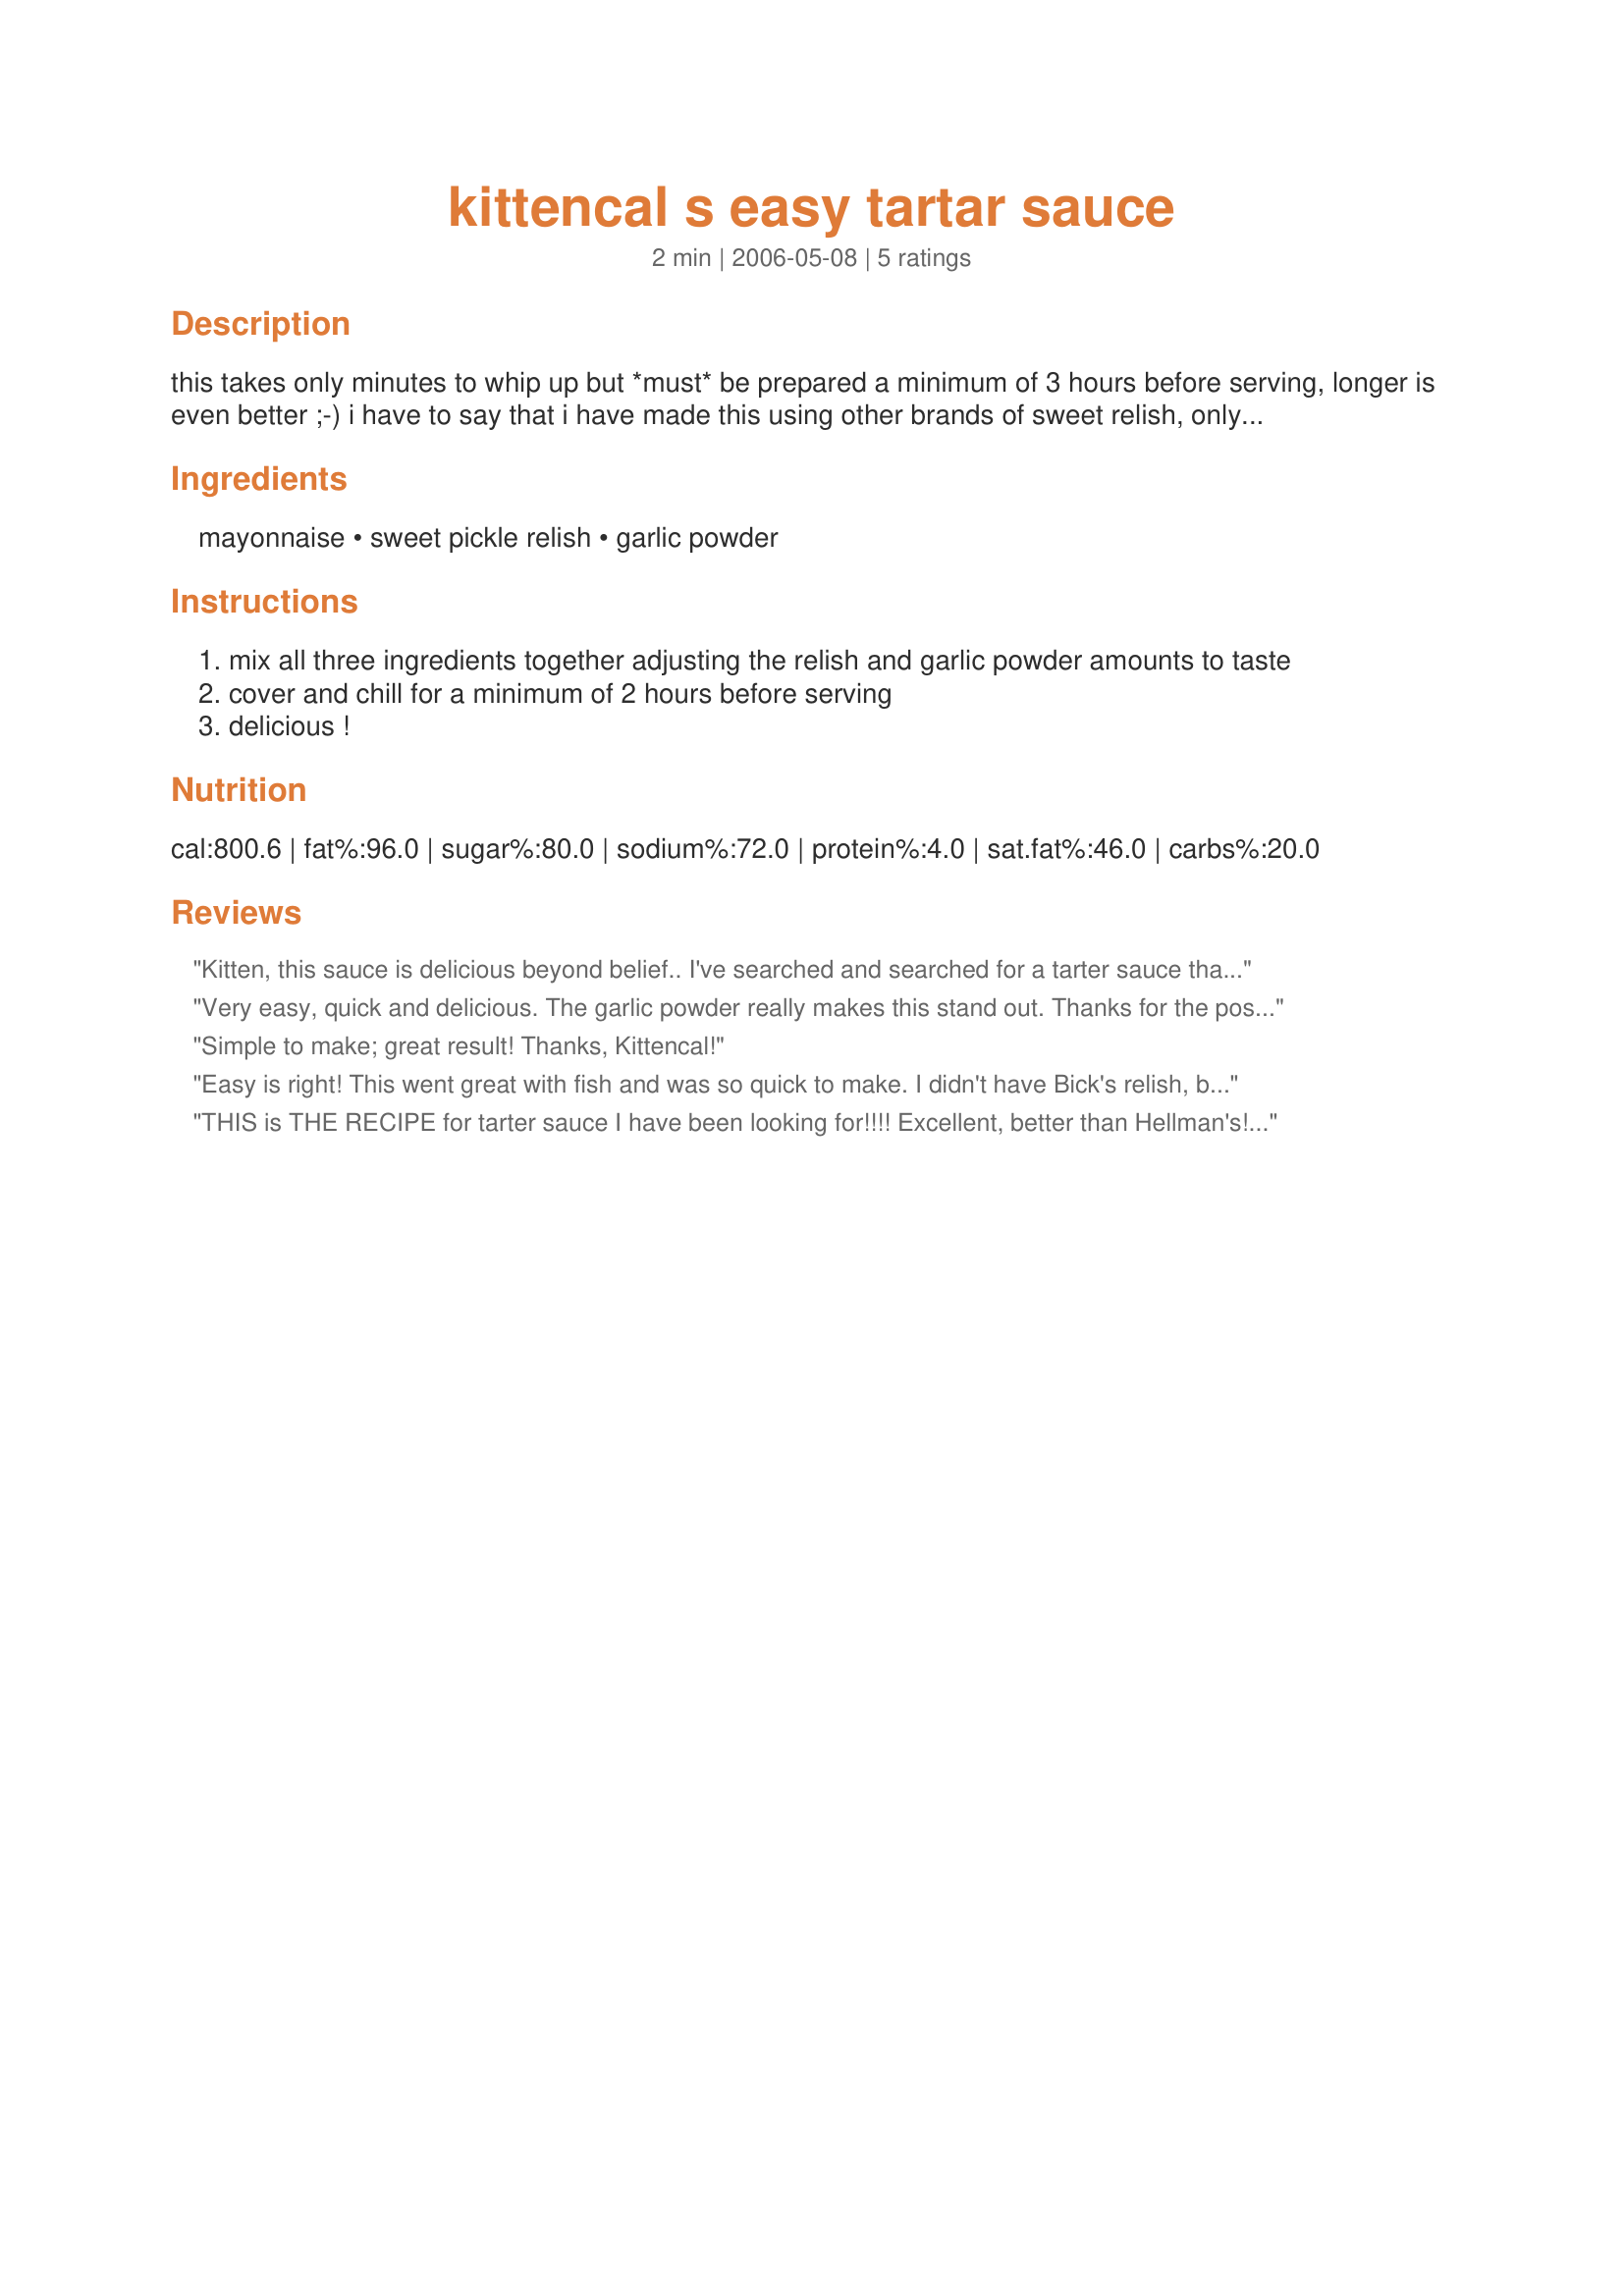
kittencal s easy tartar sauce
Preparation time: 2 minutes

this takes only minutes to whip up but *must* be prepared a minimum of 3 hours before serving, longer is even better ;-) i have to say that i have made this using other brands of sweet relish, only bick's relish seems to work best for this, you will see the difference if you use a different brand! my dh loves this with fish, but it also makes a great sandwich dressing too! use only mayonnaise for this not salad dressing.

Ingredients:
mayonnaise, sweet pickle relish, garlic powder

Steps:
mix all three ingredients together adjusting the relish and garlic powder amounts to taste
cover and chill for a minimum of 2 hours before serving
delicious !

Reviews:
Kitten, this sauce is delicious beyond belief.. I've searched and searched for a tarter sauce that we would like.. Yours is very easy to prepare, and to repeat myself, D E L I C I O U S.. D H was shocked when i served it. Don't know how I hadn't spoted your recipe before now. Yes, helman's is the best. Althiugh I couldn't fine Bicks relish.
Very easy, quick and delicious. The garlic powder really makes this stand out. Thanks for the posting!
Simple to make; great result! Thanks, Kittencal!
Easy is right! This went great with fish and was so quick to make. I didn't have Bick's relish, but it was still good. Thanks!
THIS is THE RECIPE for tarter sauce I have been looking for!!!! Excellent, better than Hellman's! I added a smidge more garlic, (just my personal taste). I used Heinz relish, can't imagine it tasting better. This will be a staple every Friday evening. Kittencal is THE BEST!!! Thank You~
